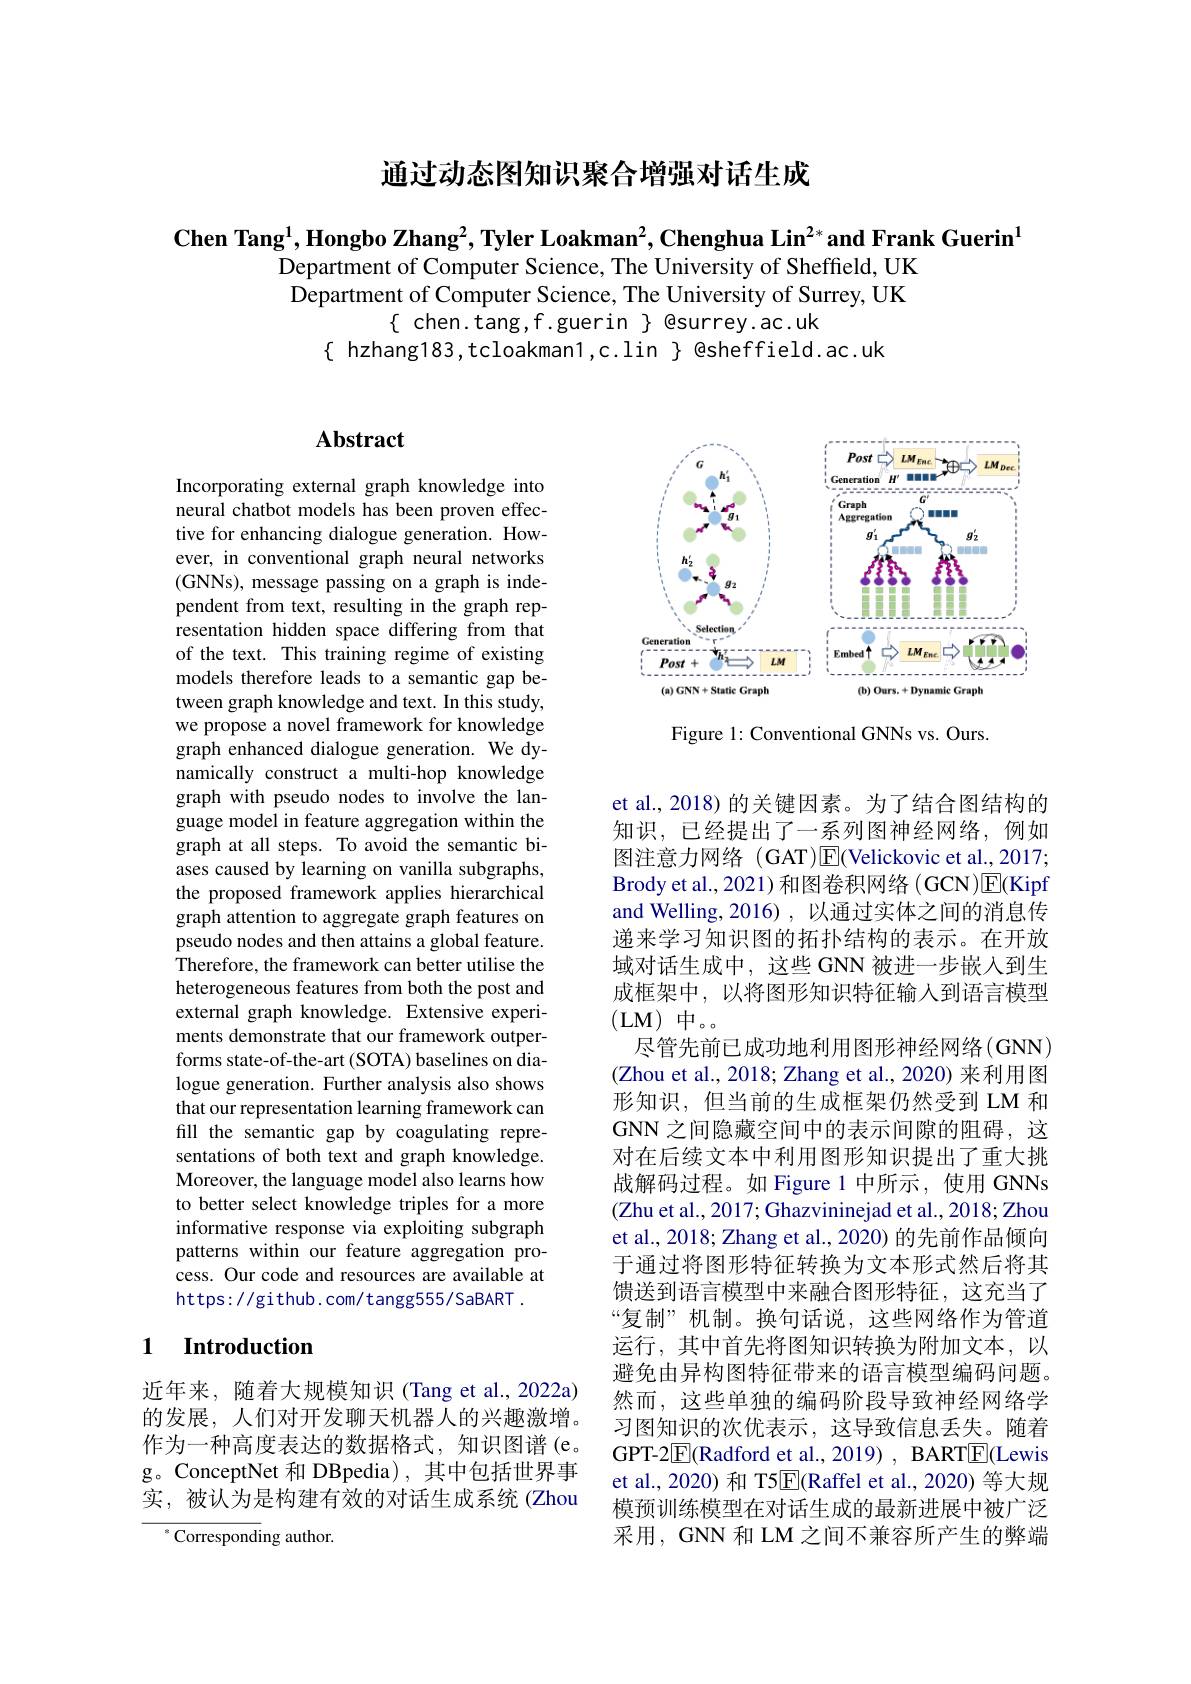
通过动态图知识聚合增强对话生成

$\textbf{Chen Tang}^1,\textbf{Hongbo Zhang}^2,\textbf{Tyler Loakman}^2,\textbf{Chenghua Lin}^{2*}$and Frank Guerin$^1$
Department of Computer Science, The University of Sheffield, UK Department of Computer Science, The University of Surrey, UK
$\{$ chen.tang,f.guerin $\}$ @surrey.ac.uk
$\{$ hzhang183,tcloakman1,c.lin $\}$ @sheffield.ac.uk

## Abstract

Incorporating external graph knowledge into neural chatbot models has been proven effective for enhancing dialogue generation. However, in conventional graph neural networks (GNNs), message passing on a graph is independent from text, resulting in the graph representation hidden space differing from that of the text. This training regime of existing models therefore leads to a semantic gap between graph knowledge and text. In this study, we propose a novel framework for knowledge graph enhanced dialogue generation. We dynamically construct a multi-hop knowledge graph with pseudo nodes to involve the language model in feature aggregation within the graph at all steps. To avoid the semantic biases caused by learning on vanilla subgraphs, the proposed framework applies hierarchical graph attention to aggregate graph features on pseudo nodes and then attains a global feature. Therefore, the framework can better utilise the heterogeneous features from both the post and external graph knowledge. Extensive experiments demonstrate that our framework outperforms state-of-the-art(SOTA) baselines on dialogue generation. Further analysis also shows that our representation learning framework can fill the semantic gap by coagulating representations of both text and graph knowledge. Moreover, the language model also learns how to better select knowledge triples for a more informative response via exploiting subgraph patterns within our feature aggregation process. Our code and resources are available at https: / / gi thub. com/ tangg555/ S aBART .

## 1 Introduction

近年来，随着大规模知识(Tang et al.,2022a) 的发展，人们对开发聊天机器人的兴趣激增。作为一种高度表达的数据格式，知识图谱(e。g。ConceptNet 和 DBpedia),其中包括世界事实，被认为是构建有效的对话生成系统(Zhou

$^{*}$Corresponding author.

<FigureHere>

Figure 1: Conventional GNNs vs. Ours.

et al., 2018) 的关键因素。为了结合图结构的知识，已经提出了一系列图神经网络，例如图注意力网络 (GAT)$\overline{\mathrm{E}}$(Velickovic et al., 2017; Brody et al., 2021) 和图卷积网络 (GCN)$\overline E($Kipf and Welling,2016),以通过实体之间的消息传递来学习知识图的拓扑结构的表示。在开放域对话生成中，这些 GNN 被进一步嵌人到生成框架中，以将图形知识特征输入到语言模型(LM)中。。
尽管先前已成功地利用图形神经网络(GNN) (Zhou et al., 2018; Zhang et al., 2020) 来利用图形知识，但当前的生成框架仍然受到 LM 和GNN 之间隐藏空间中的表示间隙的阻碍，这对在后续文本中利用图形知识提出了重大挑战解码过程。如 Figure 1 中所示，使用 GNNs (Zhu et al., 2017; Ghazvininejad et al., 2018; Zhou et al., 2018; Zhang et al., 2020) 的先前作品倾向于通过将图形特征转换为文本形式然后将其馈送到语言模型中来融合图形特征，这充当了“复制”机制。换句话说，这些网络作为管道运行，其中首先将图知识转换为附加文本，以避免由异构图特征带来的语言模型编码问题。然而，这些单独的编码阶段导致神经网络学习图知识的次优表示，这导致信息丢失。随着GPT-2$\boxed{\mathrm{F}}($Radford et al., 2019) , BART$\boxed{\mathrm{E}}($Lewis et al., 2020) 和 T5$\overline{\mathrm{E}}($Raffel et al., 2020) 等大规模预训练模型在对话生成的最新进展中被广泛采用，GNN 和 LM 之间不兼容所产生的弊端